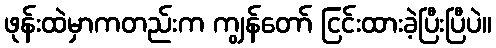
ဖုန်းထဲမှာကတည်းက ကျွန်တော် ငြင်းထားခဲ့ပြီးပြီပဲ။